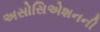
અસોસિએશનની